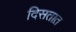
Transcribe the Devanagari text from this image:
दिसतात़